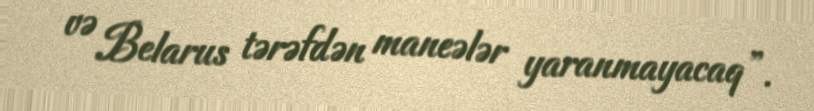
və Belarus tərəfdən maneələr yaranmayacaq”.